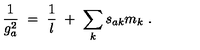
\frac { 1 } { g _ { a } ^ { 2 } } \ = \ \frac { 1 } { l } \ + \ \sum _ { k } s _ { a k } m _ { k } \ .